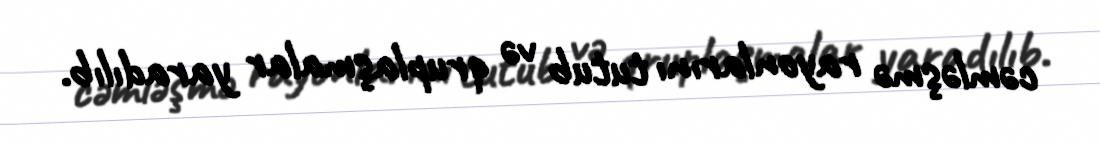
cəmləşmə rayonlarını tutub və qruplaşmalar yaradılıb.